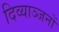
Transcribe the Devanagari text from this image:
दिव्याञ्जनों